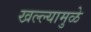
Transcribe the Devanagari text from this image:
खल्ल्यामुळे